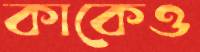
কাকেও